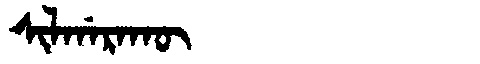
Manchu: ᠰᡳᠯᡤᠠᡵᠠᡴᡡ
Romanization: SILGARAKŪ